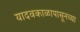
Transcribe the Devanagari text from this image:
यादवकाळापासूनच्या